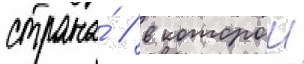
страна́ / в которои